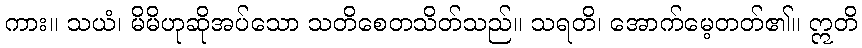
ကား။ သယံ၊ မိမိဟုဆိုအပ်သော သတိစေတသိတ်သည်။ သရတိ၊ အောက်မေ့တတ်၏။ ဣတိ